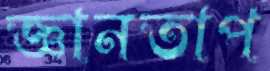
জ্ঞানতাপ